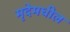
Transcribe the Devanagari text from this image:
मृदेमधील